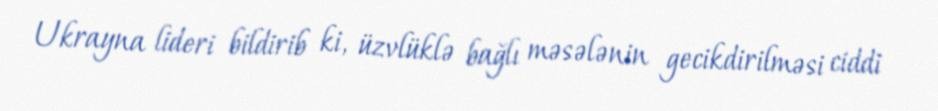
Ukrayna lideri bildirib ki, üzvlüklə bağlı məsələnin gecikdirilməsi ciddi